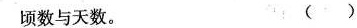
顷数与天数。 ()